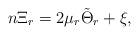
LaTeX: \begin{align*}n\Xi_{r} = 2\mu_r \tilde \Theta_r+ \xi,\end{align*}